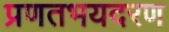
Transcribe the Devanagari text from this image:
प्रणतभयदरण